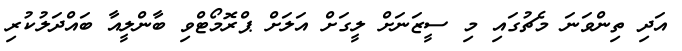
އަދި ތިންވަނަ މެޗުގައި މި ސީޒަނަށް ލީގަށް އަލަށް ޕްރޮމޯޓްވި ބާންލީއާ ބައްދަލުކުރި